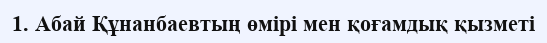
1. Абай Құнанбаевтың өмірі мен қоғамдық қызметі